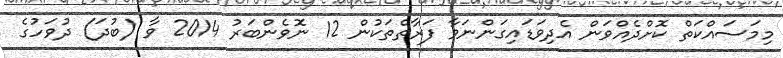
މިމަސައްކަތް ކޮށްދެއްވަން އެދިވަޑައިގަންނަވާ ފަރާތްތަކުން 12 ނޮވެންބަރު 2014 ވާ (ބުދަ) ދުވަހުގެ